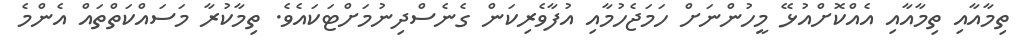
ތިމާއާއި ތިމާއާއި އެއްކޮށްއުޅޭ މީހުންނަށް ހަމަޖެހުމާއި އުފާވެރިކަން ގެނެސްދިނުމަށްޓަކައެވެ. ތިމާކުރާ މަސައްކަތްތައް އެންމެ